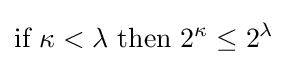
{\text{if }}\kappa <\lambda {\text{ then }}2^{\kappa }\leq 2^{\lambda }